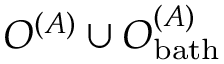
O ^ { ( A ) } \cup O _ { \mathrm { b a t h } } ^ { ( A ) }